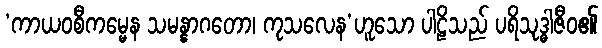
‘ကာယဝစီကမ္မေန သမန္နာဂတော၊ ကုသလေန’ဟူသော ပါဠိသည် ပရိသုဒ္ဓါဇီဝ၏